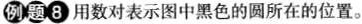
例题8 用数对表示图中黑色的圆所在的位置。